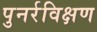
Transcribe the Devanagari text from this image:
पुनर्रविक्षण